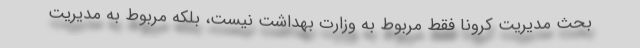
بحث مدیریت کرونا فقط مربوط به وزارت بهداشت نیست، بلکه مربوط به مدیریت